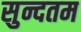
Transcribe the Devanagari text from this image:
सुन्दतम